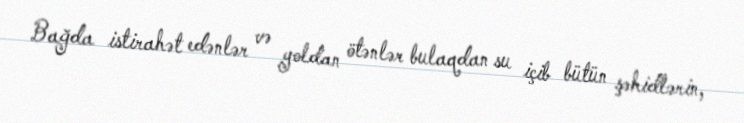
Bağda istirahət edənlər və yoldan ötənlər bulaqdan su içib bütün şəhidlərin,